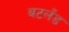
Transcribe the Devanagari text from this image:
बटलँड